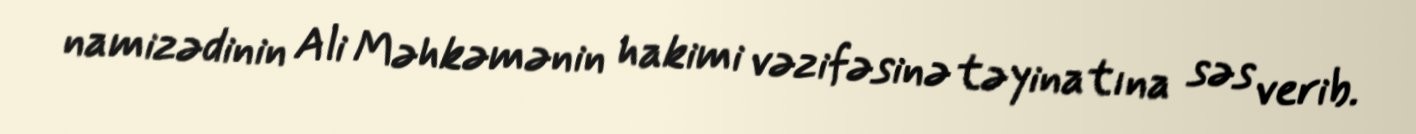
namizədinin Ali Məhkəmənin hakimi vəzifəsinə təyinatına səs verib.